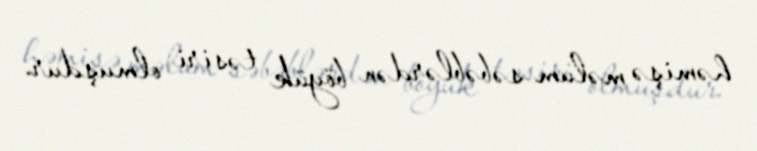
həmişə məlum səbəblərdən böyük təsiri olmuşdur.